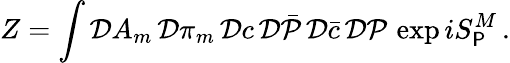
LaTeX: Z=\int{\cal D}A_{m}\, {\cal D}\pi_{m}\, {\cal D}c\, {\cal D}\bar{\cal P}\, {\cal D}\bar{c}\, {\cal D}{\cal P}\, \exp iS_{\P}^{M}\, .